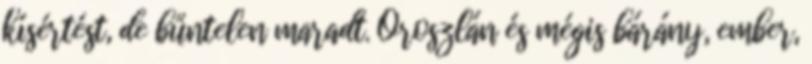
kísértést, de bűntelen maradt. Oroszlán és mégis bárány, ember,